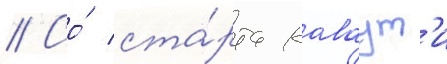
// Со́ ста́рта каваут'и